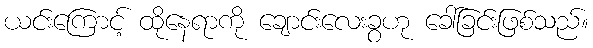
ယင်းကြောင့် ထိုနေရာကို ချောင်းလေးခွဟု ခေါ်ခြင်းဖြစ်သည်။